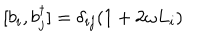
[ b _ { i } , b _ { j } ^ { \dagger } ] = \delta _ { i j } ( 1 + 2 \omega L _ { i } )